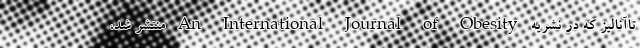
تاآنالیز که در نشریه An International Journal of Obesity منتشر شد،